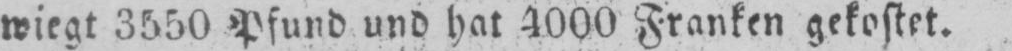
wiegt 3550 Pfund und hat 4000 Franken gekostet.